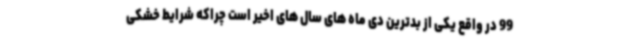
99 در واقع یکی از بدترین دی ماه های سال های اخیر است چراکه شرایط خشکی